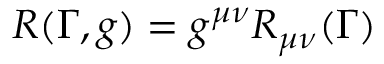
R ( \Gamma , g ) = g ^ { \mu \nu } R _ { \mu \nu } ( \Gamma )